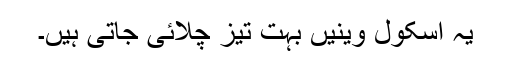
یہ اسکول وینیں بہت تیز چلائی جاتی ہیں۔